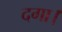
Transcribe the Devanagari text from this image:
दगा।